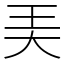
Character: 㺯